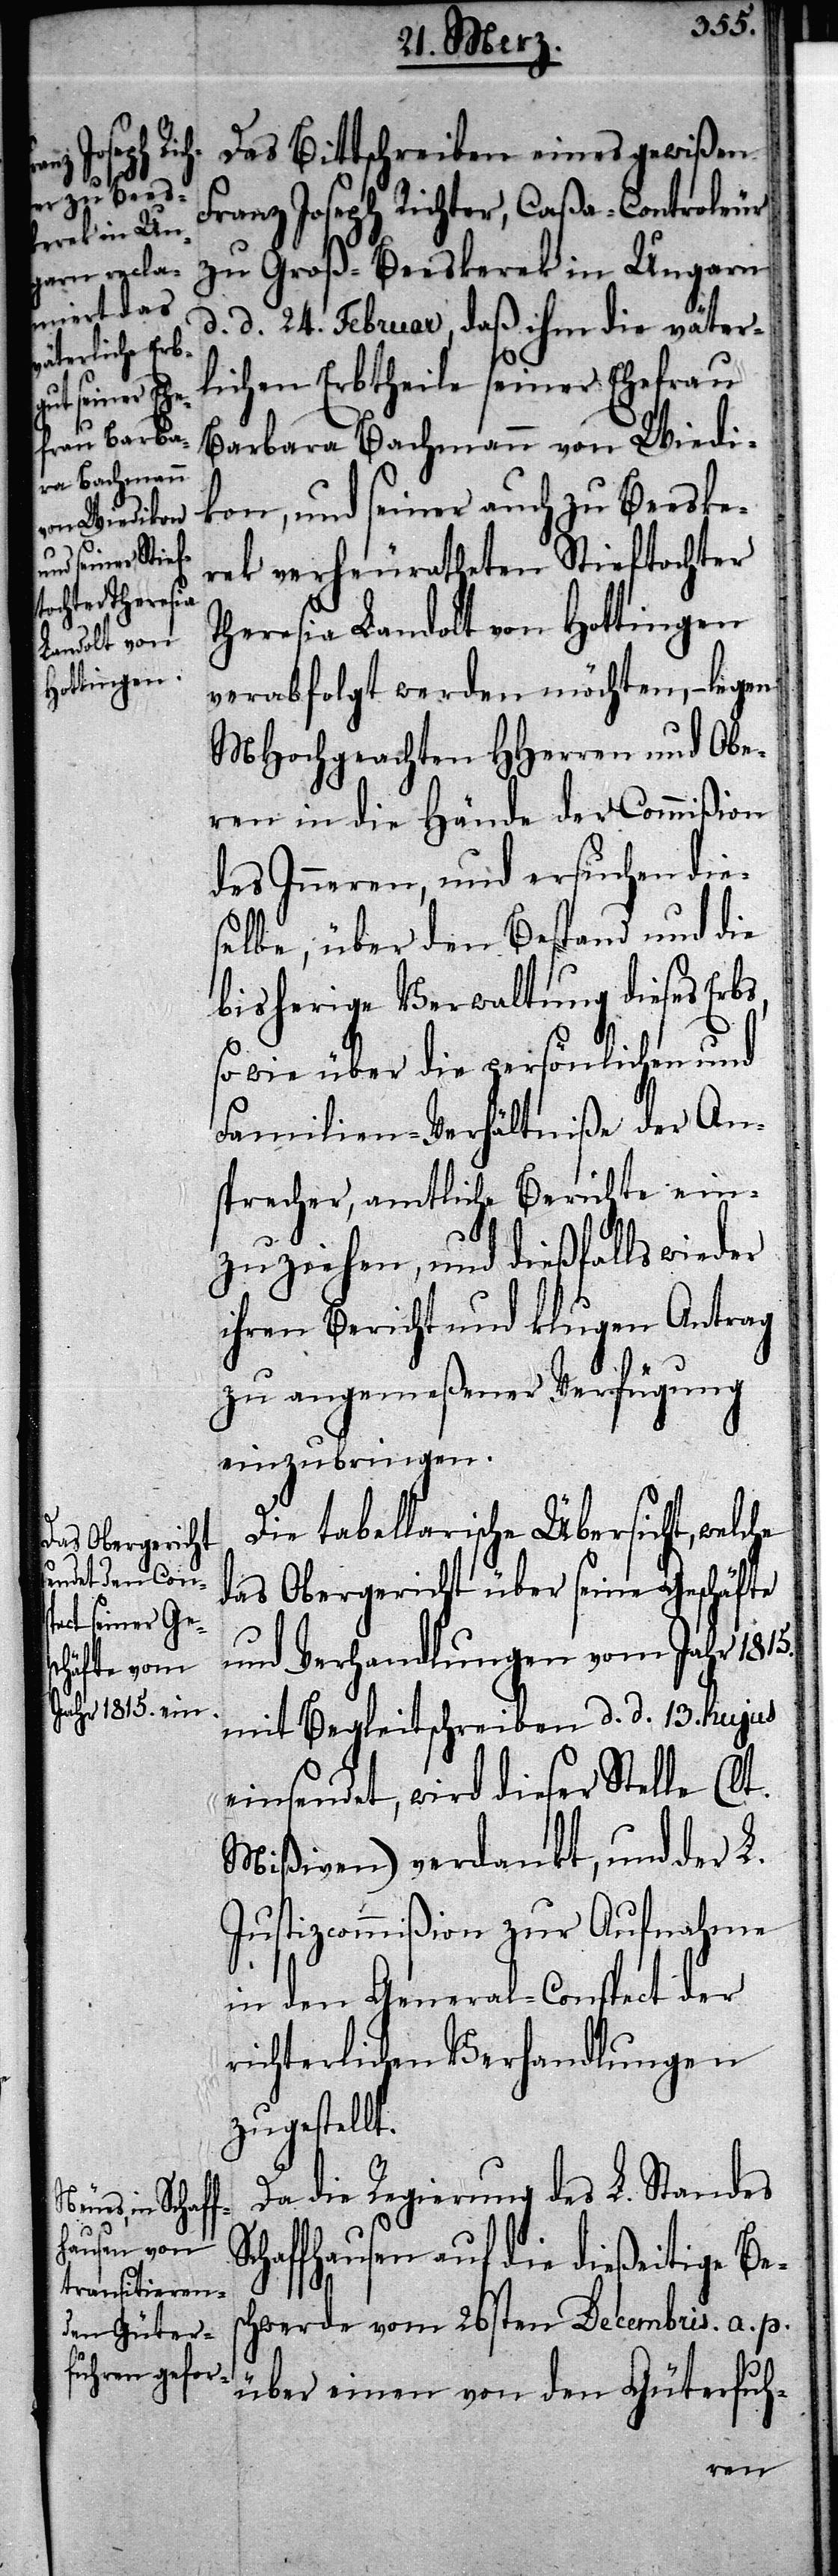
S¬

Das Bittschreiben eines gewißen
Franz Joseph Richter, Caßa-Controleur
zu Groß-Beeskerek in Ungarn
d. d. 24. Februar, daß ihm die väter¬
lichen Erbtheile seiner Ehefrau
Barbara Bachmann von Wiedi¬
kon, und seiner auch zu Beeske¬
rek verheuratheten Stieftochter
Theresia Landolt von Hottingen
verabfolgt werden möchten, – legen
MHochgeachten HHerren und Obe¬
ren in die Hände der Commißion
des Inneren, und ersuchen die¬
selbe, über den Bestand und die
bisherige Verwaltung dieses Erbs,
so wie über die persönlichen und
Familien-Verhältniße der An¬
sprecher, amtliche Berichte ein¬
zuziehen, und dießfalls wieder
ihren Bericht und klugen Antrag
zu angemeßener Verfügung
einzubringen.
Die tabellarische Übersicht, welche
das Obergericht über seine Geschäfte
und Verhandlungen vom Jahr 1815.
mit Begleitschreiben d. d. 13. hujus
einsendet, wird dieser Stelle (lt.
Mißiven) verdankt, und der L.
Justizcommißion zur Aufnahme
in den General-Conspect der
richterlichen Verhandlungen
zugestellt.
Da die Regierung des L. Standes
chaffhausen auf die dießeitige Bes¬
chwerde vom 26sten Decembris a. p.
über einen von den Güterfuh-